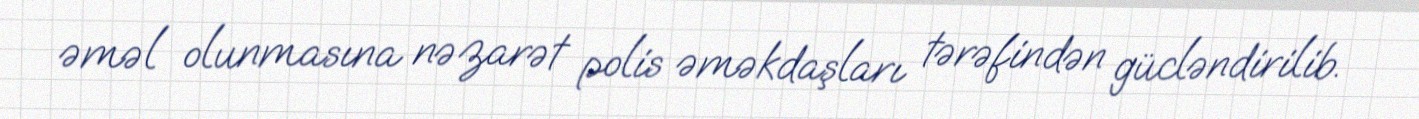
əməl olunmasına nəzarət polis əməkdaşları tərəfindən gücləndirilib.